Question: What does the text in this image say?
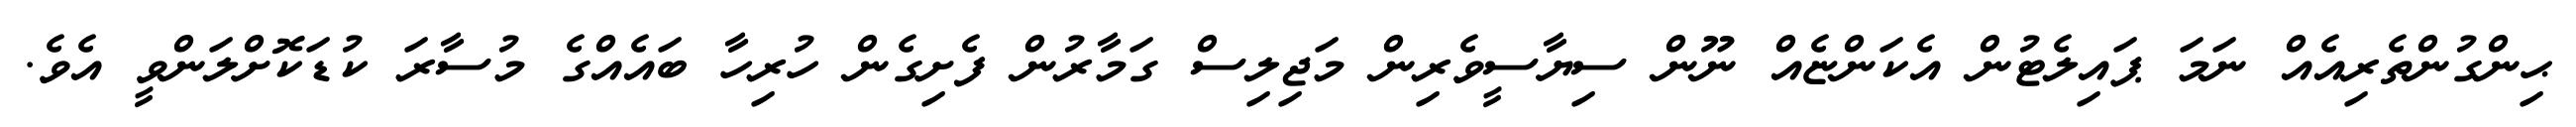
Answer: ޙިންގުންތެރިއެއް ނަމަ ޕައިލެޓުން އެކަންޏެއް ނޫން ސިޔާސީވެރިން މަޖިލިސް ގަމާރުން ފެށިގެން ހުރިހާ ބައެއްގެ މުސާރަ ކުޑަކޮށްލަންވީ އެވެ.